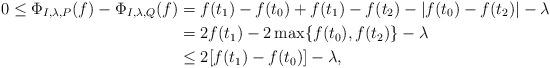
LaTeX: \begin{align*}0\le\Phi_{I,\lambda,P}(f)-\Phi_{I,\lambda,Q}(f) & =f(t_{1})-f(t_{0})+f(t_{1})-f(t_{2})-|f(t_{0})-f(t_{2})|-\lambda\\ & =2f(t_{1})-2\max\{f(t_{0}),f(t_{2})\}-\lambda\\ & \le2[f(t_{1})-f(t_{0})]-\lambda,\end{align*}